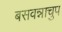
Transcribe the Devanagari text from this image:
बसवन्नाचुप